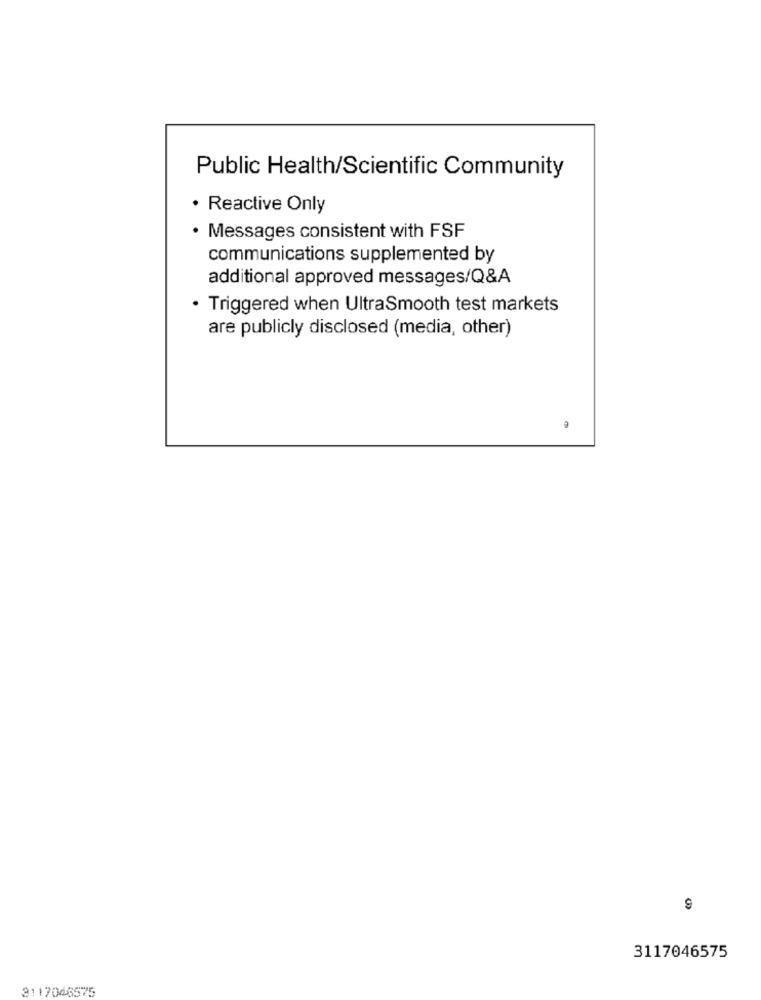
Public Health/Scientific Community
· Reactive Only
· Messages consistent with FSF
communications supplemented by
additional approved messages/Q&A
· Triggered when UltraSmooth test markets
are publicly disclosed (media, other)
3117046575
3117046575